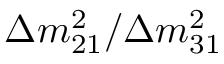
\Delta m _ { 2 1 } ^ { 2 } / \Delta m _ { 3 1 } ^ { 2 }